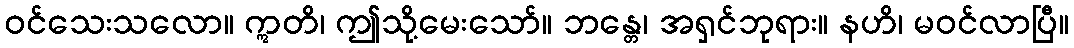
ဝင်သေးသလော။ ဣတိ၊ ဤသို့မေးသော်။ ဘန္တေ၊ အရှင်ဘုရား။ နဟိ၊ မဝင်လာပြီ။